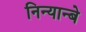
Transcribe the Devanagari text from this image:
निन्यान्बे